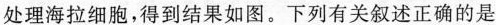
处理海拉细胞，得到结果如图。下列有关叙述正确的是